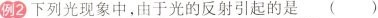
例2下列光现象中，由于光的反射引起的是()